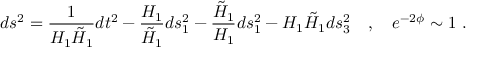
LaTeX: d s ^ { 2 } = \frac { 1 } { H _ { 1 } \tilde { H } _ { 1 } } d t ^ { 2 } - \frac { H _ { 1 } } { \tilde { H } _ { 1 } } d s _ { 1 } ^ { 2 } - \frac { \tilde { H } _ { 1 } } { H _ { 1 } } d s _ { 1 } ^ { 2 } - H _ { 1 } \tilde { H } _ { 1 } d s _ { 3 } ^ { 2 } \quad , \quad e ^ { - 2 \phi } \sim 1 \ .